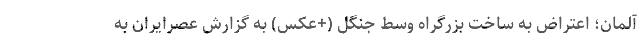
آلمان؛ اعتراض به ساخت بزرگراه وسط جنگل (+عکس) به گزارش عصرایران به